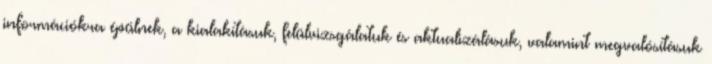
információkra épülnek, a kialakításuk, felülvizsgálatuk és aktualizálásuk, valamint megvalósításuk